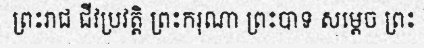
ព្រះរាជ ជីវប្រវត្តិ ព្រះករុណា ព្រះបាទ សម្តេច ព្រះ